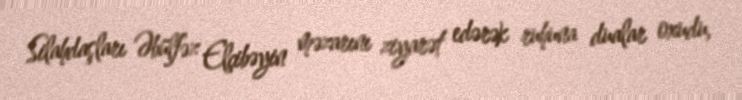
Silahdaşları Əbülfəz Elçibəyin məzarını ziyarət edərək ruhuna dualar oxudu,